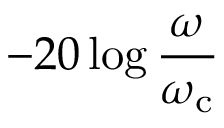
- 2 0 \log { \frac { \omega } { \omega _ { \mathrm { c } } } }